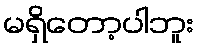
မရှိတော့ပါဘူး